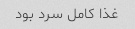
غذا کامل سرد بود